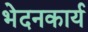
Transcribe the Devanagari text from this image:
भेदनकार्य